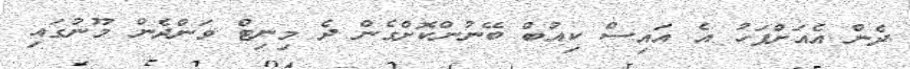
ދެން އެއަށްފަހު އެ އައިސް ކިއުބް ބޭނުންކޮށްގެން ދެ މިނިޓް ވަންދެން މޫނުގައި